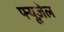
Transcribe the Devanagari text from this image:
फ्यूज़ेल